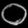
Digit: ၀